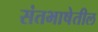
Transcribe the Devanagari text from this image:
संतभाषेतील